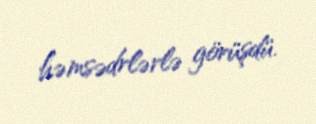
həmsədrlərlə görüşdü.